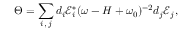
\Theta = \sum _ { i , \, j } d _ { i } \mathcal { E } _ { i } ^ { \ast } ( \omega - H + \omega _ { 0 } ) ^ { - 2 } d _ { j } \mathcal { E } _ { j } ,